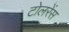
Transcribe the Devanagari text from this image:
टोलरेंस